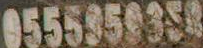
0555950354